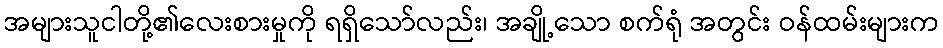
အများသူငါတို့၏လေးစားမှုကို ရရှိသော်လည်း၊ အချို့သော စက်ရုံ အတွင်း ဝန်ထမ်းများက